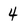
Character: 4